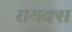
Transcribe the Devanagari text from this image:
रायक्स